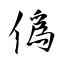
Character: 僞